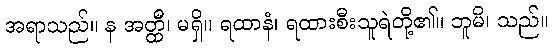
အရာသည်။ န အတ္ထီ၊ မရှိ။ ရထာနံ၊ ရထားစီးသူရဲတို့၏။ ဘူမိ၊ သည်။